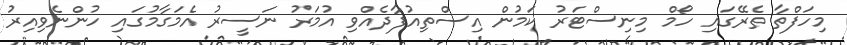
މިހަފްތާ ތެރޭގައި ހޯމް މިނިސްޓަރު ކަމުން އިސްތިއުފާދެއްވި އުމަރު ނަސީރު އެމަގާމުގައި ހުންނެވިއިރު